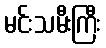
မင်းသမီးကြီး